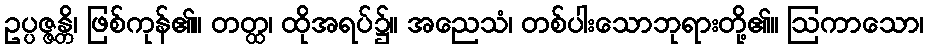
ဥပ္ပဇ္ဇန္တိ၊ ဖြစ်ကုန်၏။ တတ္ထ၊ ထိုအရပ်၌။ အညေသံ၊ တစ်ပါးသောဘုရားတို့၏။ ဩကာသော၊